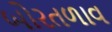
બોરતળાવ